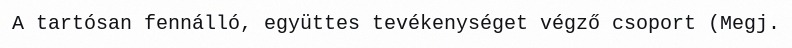
A tartósan fennálló, együttes tevékenységet végző csoport (Megj.